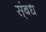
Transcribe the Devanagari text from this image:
स्ंबध